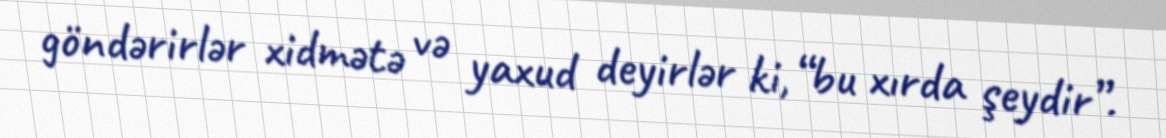
göndərirlər xidmətə və yaxud deyirlər ki, “bu xırda şeydir”.